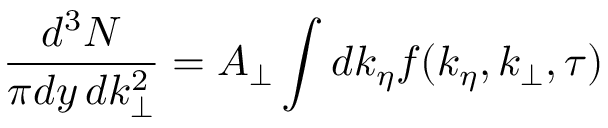
{ \frac { d ^ { 3 } N } { \pi d y \, d k _ { \perp } ^ { 2 } } } = A _ { \perp } \int d k _ { \eta } f ( k _ { \eta } , k _ { \perp } , \tau )